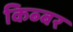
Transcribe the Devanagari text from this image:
किब्‍बर